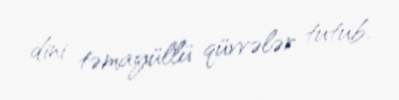
dini təmayüllü qüvvələr tutub.